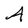
Character: A